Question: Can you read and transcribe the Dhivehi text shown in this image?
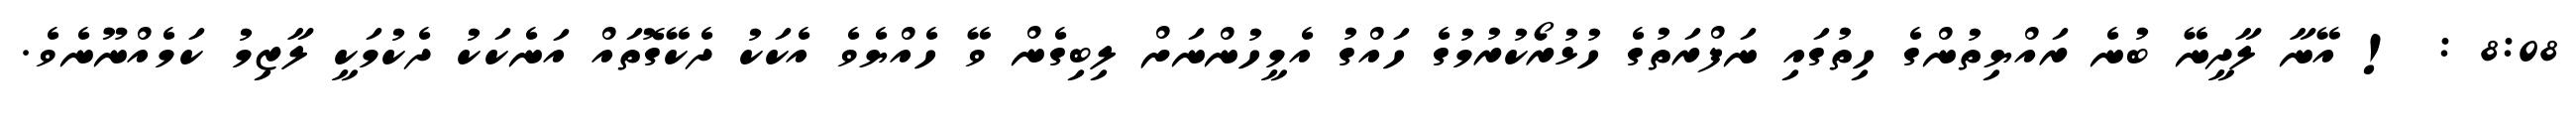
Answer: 8:08 : ! އޭނާ ލާދީނޭ ބުނެ ރައްޔިތުންގެ ހިތުގައި ނަފްރަތުގެ ހުޅުރޯކުރުމުގެ ހައްގު އެމީހުންނަށް ލިބިގެން ވޭ ހެއްޔެވެ އެކަކު ދެކޭގޮތައް އަނެކަކު ދެކުމަކީ ލާޒިމު ކަމެއްނޫނެވެ.